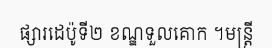
ផ្សារដេប៉ូទី២ ខណ្ឌទួលគោក ។មន្ត្រី